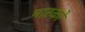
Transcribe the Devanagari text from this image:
मारको